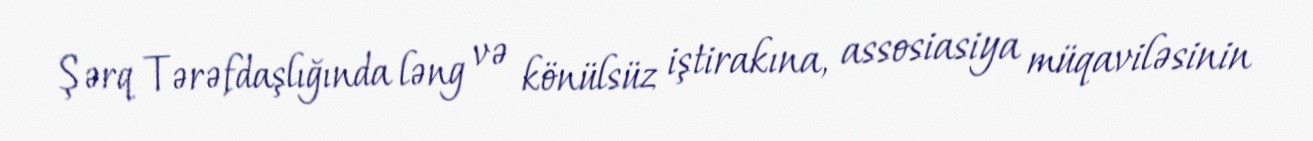
Şərq Tərəfdaşlığında ləng və könülsüz iştirakına, assosiasiya müqaviləsinin